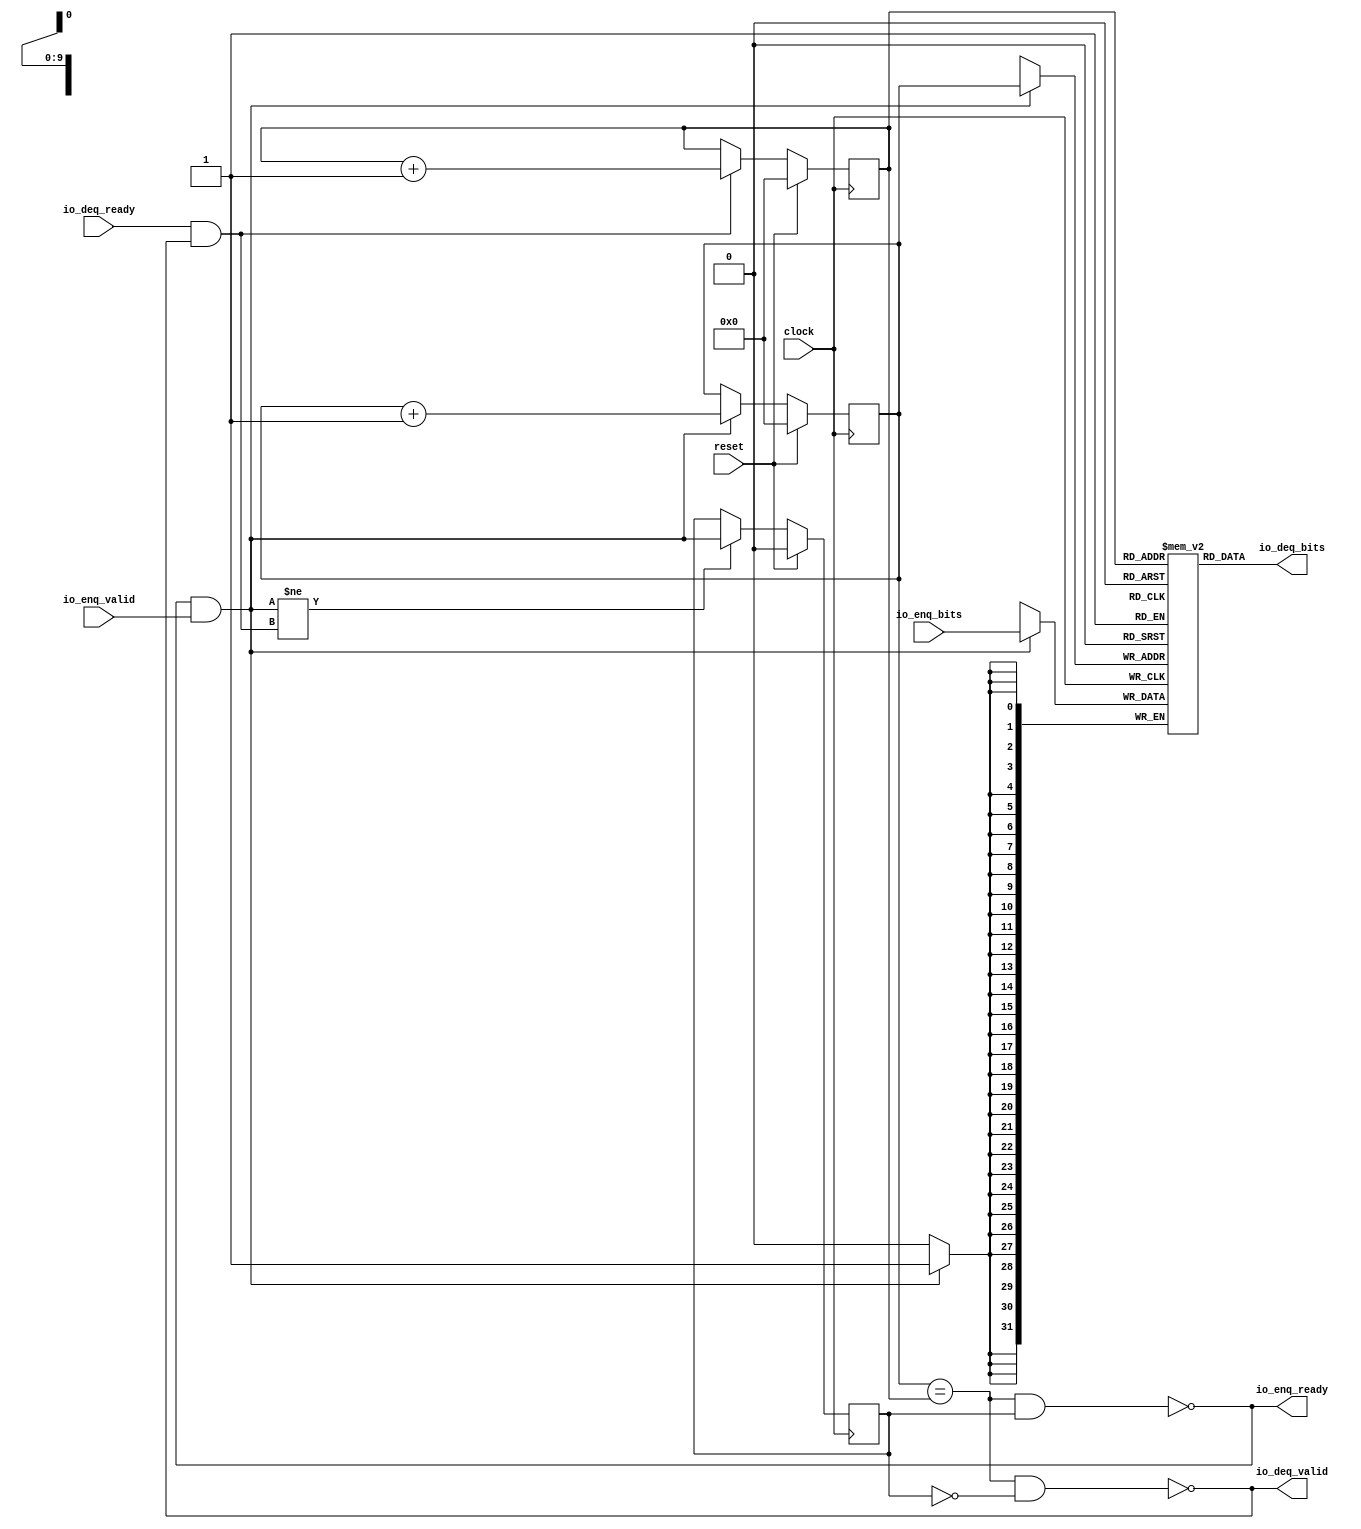
module Queue1024(
  input         clock,
  input         reset,
  output        io_enq_ready,
  input         io_enq_valid,
  input  [31:0] io_enq_bits,
  input         io_deq_ready,
  output        io_deq_valid,
  output [31:0] io_deq_bits
);
  reg [31:0] _T [0:1023]; // @[Decoupled.scala 209:24]
  reg [31:0] _RAND_0;
  wire [31:0] _T__T_18_data; // @[Decoupled.scala 209:24]
  wire [9:0] _T__T_18_addr; // @[Decoupled.scala 209:24]
  wire [31:0] _T__T_10_data; // @[Decoupled.scala 209:24]
  wire [9:0] _T__T_10_addr; // @[Decoupled.scala 209:24]
  wire  _T__T_10_mask; // @[Decoupled.scala 209:24]
  wire  _T__T_10_en; // @[Decoupled.scala 209:24]
  reg [9:0] value; // @[Counter.scala 29:33]
  reg [31:0] _RAND_1;
  reg [9:0] value_1; // @[Counter.scala 29:33]
  reg [31:0] _RAND_2;
  reg  _T_1; // @[Decoupled.scala 212:35]
  reg [31:0] _RAND_3;
  wire  _T_2; // @[Decoupled.scala 214:41]
  wire  _T_3; // @[Decoupled.scala 215:36]
  wire  _T_4; // @[Decoupled.scala 215:33]
  wire  _T_5; // @[Decoupled.scala 216:32]
  wire  _T_6; // @[Decoupled.scala 40:37]
  wire  _T_8; // @[Decoupled.scala 40:37]
  wire [9:0] _T_12; // @[Counter.scala 39:22]
  wire [9:0] _T_14; // @[Counter.scala 39:22]
  wire  _T_15; // @[Decoupled.scala 227:16]
  assign _T__T_18_addr = value_1;
  assign _T__T_18_data = _T[_T__T_18_addr]; // @[Decoupled.scala 209:24]
  assign _T__T_10_data = io_enq_bits;
  assign _T__T_10_addr = value;
  assign _T__T_10_mask = 1'h1;
  assign _T__T_10_en = io_enq_ready & io_enq_valid;
  assign _T_2 = value == value_1; // @[Decoupled.scala 214:41]
  assign _T_3 = ~_T_1; // @[Decoupled.scala 215:36]
  assign _T_4 = _T_2 & _T_3; // @[Decoupled.scala 215:33]
  assign _T_5 = _T_2 & _T_1; // @[Decoupled.scala 216:32]
  assign _T_6 = io_enq_ready & io_enq_valid; // @[Decoupled.scala 40:37]
  assign _T_8 = io_deq_ready & io_deq_valid; // @[Decoupled.scala 40:37]
  assign _T_12 = value + 10'h1; // @[Counter.scala 39:22]
  assign _T_14 = value_1 + 10'h1; // @[Counter.scala 39:22]
  assign _T_15 = _T_6 != _T_8; // @[Decoupled.scala 227:16]
  assign io_enq_ready = ~_T_5; // @[Decoupled.scala 232:16]
  assign io_deq_valid = ~_T_4; // @[Decoupled.scala 231:16]
  assign io_deq_bits = _T__T_18_data; // @[Decoupled.scala 233:15]
`ifdef RANDOMIZE_GARBAGE_ASSIGN
`define RANDOMIZE
`endif
`ifdef RANDOMIZE_INVALID_ASSIGN
`define RANDOMIZE
`endif
`ifdef RANDOMIZE_REG_INIT
`define RANDOMIZE
`endif
`ifdef RANDOMIZE_MEM_INIT
`define RANDOMIZE
`endif
`ifndef RANDOM
`define RANDOM $random
`endif
`ifdef RANDOMIZE_MEM_INIT
  integer initvar;
`endif
`ifndef SYNTHESIS
initial begin
  `ifdef RANDOMIZE
    `ifdef INIT_RANDOM
      `INIT_RANDOM
    `endif
    `ifndef VERILATOR
      `ifdef RANDOMIZE_DELAY
        #`RANDOMIZE_DELAY begin end
      `else
        #0.002 begin end
      `endif
    `endif
  _RAND_0 = {1{`RANDOM}};
  `ifdef RANDOMIZE_MEM_INIT
  for (initvar = 0; initvar < 1024; initvar = initvar+1)
    _T[initvar] = _RAND_0[31:0];
  `endif // RANDOMIZE_MEM_INIT
  `ifdef RANDOMIZE_REG_INIT
  _RAND_1 = {1{`RANDOM}};
  value = _RAND_1[9:0];
  `endif // RANDOMIZE_REG_INIT
  `ifdef RANDOMIZE_REG_INIT
  _RAND_2 = {1{`RANDOM}};
  value_1 = _RAND_2[9:0];
  `endif // RANDOMIZE_REG_INIT
  `ifdef RANDOMIZE_REG_INIT
  _RAND_3 = {1{`RANDOM}};
  _T_1 = _RAND_3[0:0];
  `endif // RANDOMIZE_REG_INIT
  `endif // RANDOMIZE
end // initial
`endif // SYNTHESIS
  always @(posedge clock) begin
    if(_T__T_10_en & _T__T_10_mask) begin
      _T[_T__T_10_addr] <= _T__T_10_data; // @[Decoupled.scala 209:24]
    end
    if (reset) begin
      value <= 10'h0;
    end else if (_T_6) begin
      value <= _T_12;
    end
    if (reset) begin
      value_1 <= 10'h0;
    end else if (_T_8) begin
      value_1 <= _T_14;
    end
    if (reset) begin
      _T_1 <= 1'h0;
    end else if (_T_15) begin
      _T_1 <= _T_6;
    end
  end
endmodule
module Queue1024_1(
  input   clock,
  input   reset,
  output  io_enq_ready,
  input   io_enq_valid,
  input   io_enq_bits,
  input   io_deq_ready,
  output  io_deq_valid,
  output  io_deq_bits
);
  reg  _T [0:1023]; // @[Decoupled.scala 209:24]
  reg [31:0] _RAND_0;
  wire  _T__T_18_data; // @[Decoupled.scala 209:24]
  wire [9:0] _T__T_18_addr; // @[Decoupled.scala 209:24]
  wire  _T__T_10_data; // @[Decoupled.scala 209:24]
  wire [9:0] _T__T_10_addr; // @[Decoupled.scala 209:24]
  wire  _T__T_10_mask; // @[Decoupled.scala 209:24]
  wire  _T__T_10_en; // @[Decoupled.scala 209:24]
  reg [9:0] value; // @[Counter.scala 29:33]
  reg [31:0] _RAND_1;
  reg [9:0] value_1; // @[Counter.scala 29:33]
  reg [31:0] _RAND_2;
  reg  _T_1; // @[Decoupled.scala 212:35]
  reg [31:0] _RAND_3;
  wire  _T_2; // @[Decoupled.scala 214:41]
  wire  _T_3; // @[Decoupled.scala 215:36]
  wire  _T_4; // @[Decoupled.scala 215:33]
  wire  _T_5; // @[Decoupled.scala 216:32]
  wire  _T_6; // @[Decoupled.scala 40:37]
  wire  _T_8; // @[Decoupled.scala 40:37]
  wire [9:0] _T_12; // @[Counter.scala 39:22]
  wire [9:0] _T_14; // @[Counter.scala 39:22]
  wire  _T_15; // @[Decoupled.scala 227:16]
  assign _T__T_18_addr = value_1;
  assign _T__T_18_data = _T[_T__T_18_addr]; // @[Decoupled.scala 209:24]
  assign _T__T_10_data = io_enq_bits;
  assign _T__T_10_addr = value;
  assign _T__T_10_mask = 1'h1;
  assign _T__T_10_en = io_enq_ready & io_enq_valid;
  assign _T_2 = value == value_1; // @[Decoupled.scala 214:41]
  assign _T_3 = ~_T_1; // @[Decoupled.scala 215:36]
  assign _T_4 = _T_2 & _T_3; // @[Decoupled.scala 215:33]
  assign _T_5 = _T_2 & _T_1; // @[Decoupled.scala 216:32]
  assign _T_6 = io_enq_ready & io_enq_valid; // @[Decoupled.scala 40:37]
  assign _T_8 = io_deq_ready & io_deq_valid; // @[Decoupled.scala 40:37]
  assign _T_12 = value + 10'h1; // @[Counter.scala 39:22]
  assign _T_14 = value_1 + 10'h1; // @[Counter.scala 39:22]
  assign _T_15 = _T_6 != _T_8; // @[Decoupled.scala 227:16]
  assign io_enq_ready = ~_T_5; // @[Decoupled.scala 232:16]
  assign io_deq_valid = ~_T_4; // @[Decoupled.scala 231:16]
  assign io_deq_bits = _T__T_18_data; // @[Decoupled.scala 233:15]
`ifdef RANDOMIZE_GARBAGE_ASSIGN
`define RANDOMIZE
`endif
`ifdef RANDOMIZE_INVALID_ASSIGN
`define RANDOMIZE
`endif
`ifdef RANDOMIZE_REG_INIT
`define RANDOMIZE
`endif
`ifdef RANDOMIZE_MEM_INIT
`define RANDOMIZE
`endif
`ifndef RANDOM
`define RANDOM $random
`endif
`ifdef RANDOMIZE_MEM_INIT
  integer initvar;
`endif
`ifndef SYNTHESIS
initial begin
  `ifdef RANDOMIZE
    `ifdef INIT_RANDOM
      `INIT_RANDOM
    `endif
    `ifndef VERILATOR
      `ifdef RANDOMIZE_DELAY
        #`RANDOMIZE_DELAY begin end
      `else
        #0.002 begin end
      `endif
    `endif
  _RAND_0 = {1{`RANDOM}};
  `ifdef RANDOMIZE_MEM_INIT
  for (initvar = 0; initvar < 1024; initvar = initvar+1)
    _T[initvar] = _RAND_0[0:0];
  `endif // RANDOMIZE_MEM_INIT
  `ifdef RANDOMIZE_REG_INIT
  _RAND_1 = {1{`RANDOM}};
  value = _RAND_1[9:0];
  `endif // RANDOMIZE_REG_INIT
  `ifdef RANDOMIZE_REG_INIT
  _RAND_2 = {1{`RANDOM}};
  value_1 = _RAND_2[9:0];
  `endif // RANDOMIZE_REG_INIT
  `ifdef RANDOMIZE_REG_INIT
  _RAND_3 = {1{`RANDOM}};
  _T_1 = _RAND_3[0:0];
  `endif // RANDOMIZE_REG_INIT
  `endif // RANDOMIZE
end // initial
`endif // SYNTHESIS
  always @(posedge clock) begin
    if(_T__T_10_en & _T__T_10_mask) begin
      _T[_T__T_10_addr] <= _T__T_10_data; // @[Decoupled.scala 209:24]
    end
    if (reset) begin
      value <= 10'h0;
    end else if (_T_6) begin
      value <= _T_12;
    end
    if (reset) begin
      value_1 <= 10'h0;
    end else if (_T_8) begin
      value_1 <= _T_14;
    end
    if (reset) begin
      _T_1 <= 1'h0;
    end else if (_T_15) begin
      _T_1 <= _T_6;
    end
  end
endmodule
module QueueLastGbemac1024(
  input         clock,
  input         reset,
  output        io_full,
  input         io_deq_ready,
  output        io_deq_valid,
  output [31:0] io_deq_bits,
  output        io_enq_ready,
  input         io_enq_valid,
  input  [31:0] io_enq_bits,
  input         io_enq_last,
  output        io_deq_last
);
  wire  q_clock; // @[QueueGbemac.scala 77:17]
  wire  q_reset; // @[QueueGbemac.scala 77:17]
  wire  q_io_enq_ready; // @[QueueGbemac.scala 77:17]
  wire  q_io_enq_valid; // @[QueueGbemac.scala 77:17]
  wire [31:0] q_io_enq_bits; // @[QueueGbemac.scala 77:17]
  wire  q_io_deq_ready; // @[QueueGbemac.scala 77:17]
  wire  q_io_deq_valid; // @[QueueGbemac.scala 77:17]
  wire [31:0] q_io_deq_bits; // @[QueueGbemac.scala 77:17]
  wire  q_last_clock; // @[QueueGbemac.scala 79:22]
  wire  q_last_reset; // @[QueueGbemac.scala 79:22]
  wire  q_last_io_enq_ready; // @[QueueGbemac.scala 79:22]
  wire  q_last_io_enq_valid; // @[QueueGbemac.scala 79:22]
  wire  q_last_io_enq_bits; // @[QueueGbemac.scala 79:22]
  wire  q_last_io_deq_ready; // @[QueueGbemac.scala 79:22]
  wire  q_last_io_deq_valid; // @[QueueGbemac.scala 79:22]
  wire  q_last_io_deq_bits; // @[QueueGbemac.scala 79:22]
  reg [31:0] counter; // @[QueueGbemac.scala 83:24]
  reg [31:0] _RAND_0;
  wire  _T; // @[Decoupled.scala 40:37]
  wire  _T_1; // @[Decoupled.scala 40:37]
  wire  _T_2; // @[QueueGbemac.scala 86:25]
  wire  _T_3; // @[QueueGbemac.scala 86:22]
  wire [31:0] _T_5; // @[QueueGbemac.scala 87:24]
  wire  _T_7; // @[QueueGbemac.scala 88:14]
  wire  _T_9; // @[QueueGbemac.scala 88:29]
  wire [31:0] _T_11; // @[QueueGbemac.scala 89:24]
  wire  _T_12; // @[QueueGbemac.scala 95:37]
  Queue1024 q ( // @[QueueGbemac.scala 77:17]
    .clock(q_clock),
    .reset(q_reset),
    .io_enq_ready(q_io_enq_ready),
    .io_enq_valid(q_io_enq_valid),
    .io_enq_bits(q_io_enq_bits),
    .io_deq_ready(q_io_deq_ready),
    .io_deq_valid(q_io_deq_valid),
    .io_deq_bits(q_io_deq_bits)
  );
  Queue1024_1 q_last ( // @[QueueGbemac.scala 79:22]
    .clock(q_last_clock),
    .reset(q_last_reset),
    .io_enq_ready(q_last_io_enq_ready),
    .io_enq_valid(q_last_io_enq_valid),
    .io_enq_bits(q_last_io_enq_bits),
    .io_deq_ready(q_last_io_deq_ready),
    .io_deq_valid(q_last_io_deq_valid),
    .io_deq_bits(q_last_io_deq_bits)
  );
  assign _T = io_enq_ready & io_enq_valid; // @[Decoupled.scala 40:37]
  assign _T_1 = io_deq_ready & io_deq_valid; // @[Decoupled.scala 40:37]
  assign _T_2 = ~_T_1; // @[QueueGbemac.scala 86:25]
  assign _T_3 = _T & _T_2; // @[QueueGbemac.scala 86:22]
  assign _T_5 = counter + 32'h1; // @[QueueGbemac.scala 87:24]
  assign _T_7 = ~_T; // @[QueueGbemac.scala 88:14]
  assign _T_9 = _T_7 & _T_1; // @[QueueGbemac.scala 88:29]
  assign _T_11 = counter - 32'h1; // @[QueueGbemac.scala 89:24]
  assign _T_12 = ~io_full; // @[QueueGbemac.scala 95:37]
  assign io_full = counter == 32'h3f0; // @[QueueGbemac.scala 106:11]
  assign io_deq_valid = q_io_deq_valid; // @[QueueGbemac.scala 98:10]
  assign io_deq_bits = q_io_deq_bits; // @[QueueGbemac.scala 98:10]
  assign io_enq_ready = q_io_enq_ready & _T_12; // @[QueueGbemac.scala 96:16]
  assign io_deq_last = q_last_io_deq_bits; // @[QueueGbemac.scala 104:15]
  assign q_clock = clock;
  assign q_reset = reset;
  assign q_io_enq_valid = io_enq_valid & _T_12; // @[QueueGbemac.scala 95:18]
  assign q_io_enq_bits = io_enq_bits; // @[QueueGbemac.scala 93:17]
  assign q_io_deq_ready = io_deq_ready; // @[QueueGbemac.scala 98:10]
  assign q_last_clock = clock;
  assign q_last_reset = reset;
  assign q_last_io_enq_valid = io_enq_valid & _T_12; // @[QueueGbemac.scala 101:23]
  assign q_last_io_enq_bits = io_enq_last; // @[QueueGbemac.scala 100:22]
  assign q_last_io_deq_ready = io_deq_ready; // @[QueueGbemac.scala 103:23]
`ifdef RANDOMIZE_GARBAGE_ASSIGN
`define RANDOMIZE
`endif
`ifdef RANDOMIZE_INVALID_ASSIGN
`define RANDOMIZE
`endif
`ifdef RANDOMIZE_REG_INIT
`define RANDOMIZE
`endif
`ifdef RANDOMIZE_MEM_INIT
`define RANDOMIZE
`endif
`ifndef RANDOM
`define RANDOM $random
`endif
`ifdef RANDOMIZE_MEM_INIT
  integer initvar;
`endif
`ifndef SYNTHESIS
initial begin
  `ifdef RANDOMIZE
    `ifdef INIT_RANDOM
      `INIT_RANDOM
    `endif
    `ifndef VERILATOR
      `ifdef RANDOMIZE_DELAY
        #`RANDOMIZE_DELAY begin end
      `else
        #0.002 begin end
      `endif
    `endif
  `ifdef RANDOMIZE_REG_INIT
  _RAND_0 = {1{`RANDOM}};
  counter = _RAND_0[31:0];
  `endif // RANDOMIZE_REG_INIT
  `endif // RANDOMIZE
end // initial
`endif // SYNTHESIS
  always @(posedge clock) begin
    if (reset) begin
      counter <= 32'h0;
    end else if (_T_3) begin
      counter <= _T_5;
    end else if (_T_9) begin
      counter <= _T_11;
    end
  end
endmodule